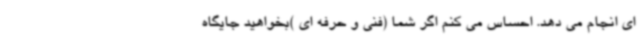
ای انجام می دهد. احساس می کنم اگر شما (فنی و حرفه ای )بخواهید جایگاه